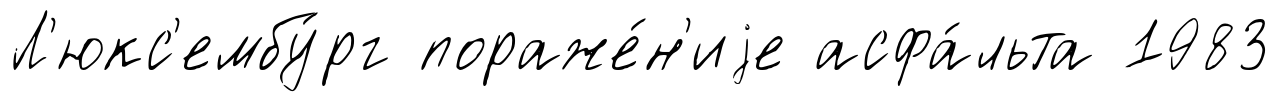
Л'юкс'ембу́рг пораже́н'иjе асфа́льта 1983